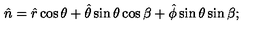
\hat { n } = \hat { r } \cos \theta + \hat { \theta } \sin \theta \cos \beta + \hat { \phi } \sin \theta \sin \beta ;